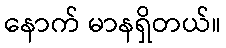
နောက် မာနရှိတယ်။